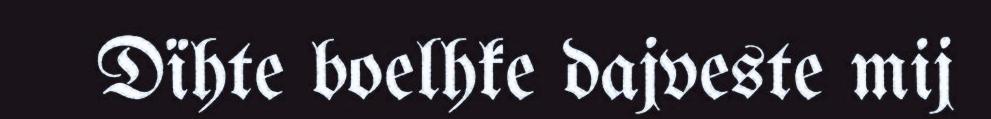
Dïhte boelhke dajveste mij